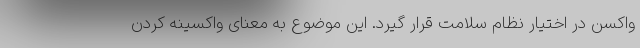
واکسن در اختیار نظام سلامت قرار گیرد. این موضوع به معنای واکسینه کردن